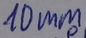
Text: 10mm